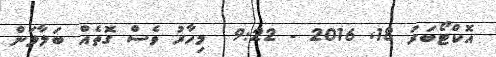
އޮކްޓޯބަރު 18